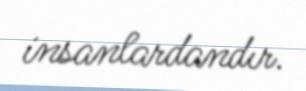
insanlardandır.